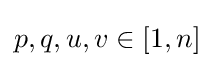
p,q,u,v\in [1,n]